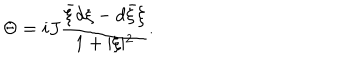
LaTeX: \Theta = i J \frac { { \bar { \xi } } d \xi - d { \bar { \xi } } \xi } { 1 + \vert \xi \vert ^ { 2 } } .